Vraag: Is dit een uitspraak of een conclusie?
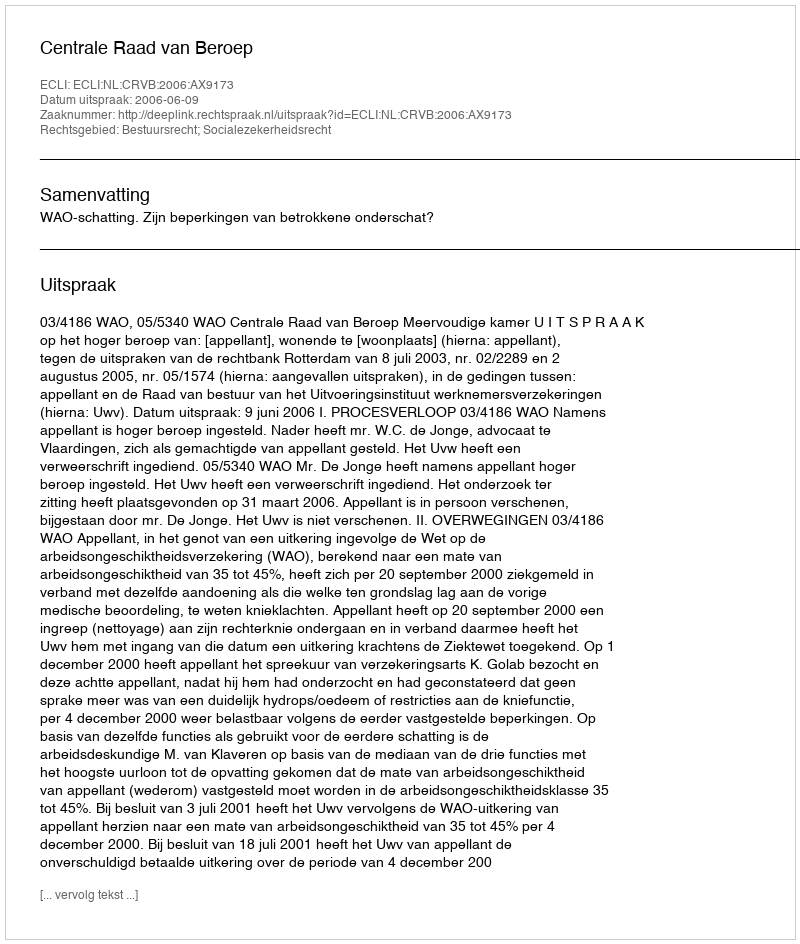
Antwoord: Uitspraak